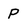
Character: p